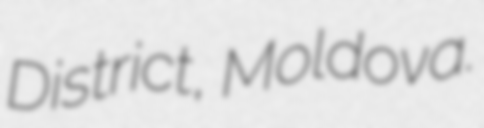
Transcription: District, Moldova.